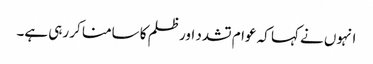
انہوں نے کہا کہ عوام تشدد اور ظلم کا سامنا کر رہی ہے۔